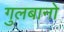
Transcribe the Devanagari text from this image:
गुलबानो